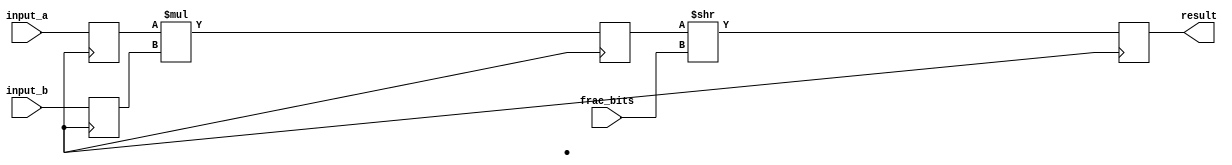
module fixed_point_multiplier (
  input signed [7:0] input_a,
  input signed [7:0] input_b,
  input [3:0] frac_bits,
  output reg signed [15:0] result
);

reg signed [7:0] input_a_reg;
reg signed [7:0] input_b_reg;
reg signed [15:0] product;

always @ (posedge clk) begin
  input_a_reg <= input_a;
  input_b_reg <= input_b;
  
  product <= input_a_reg * input_b_reg;
end

always @ (posedge clk) begin
  result <= product >> frac_bits;
end

endmodule